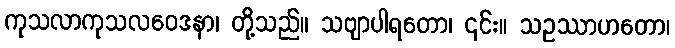
ကုသလာကုသလဝေဒနာ၊ တို့သည်။ သဗျာပါရတော၊ ၎င်း။ သဥဿာဟတော၊